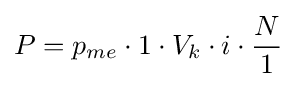
P=p_{me}\cdot 1\cdot V_{k}\cdot i\cdot {N \over 1}